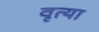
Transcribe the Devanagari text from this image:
वृत्या